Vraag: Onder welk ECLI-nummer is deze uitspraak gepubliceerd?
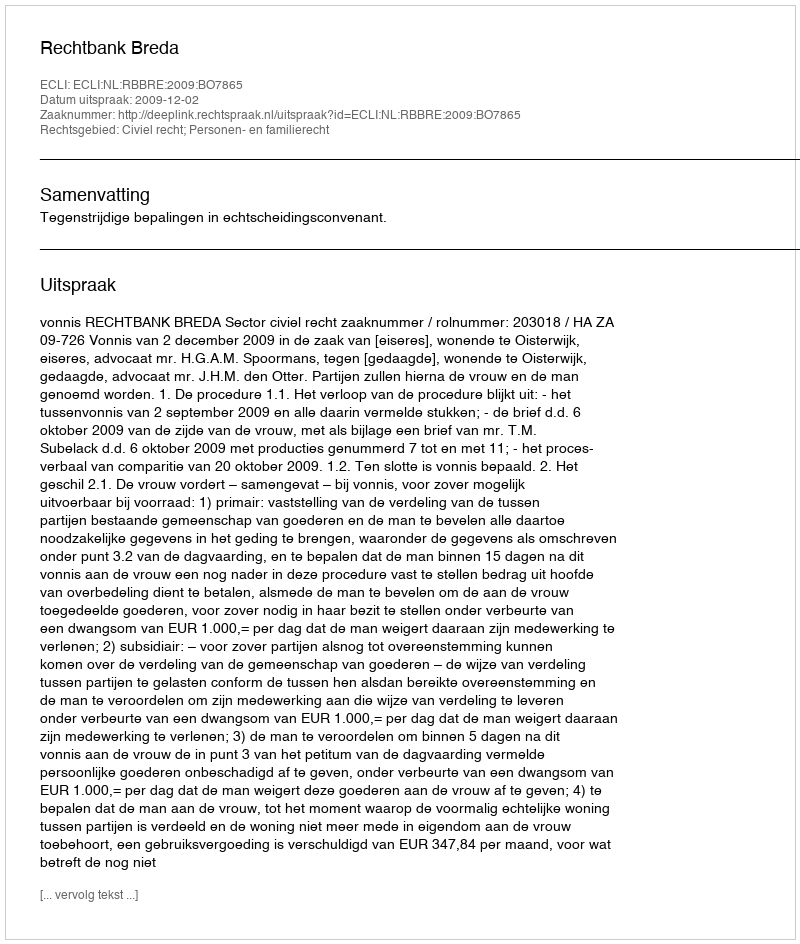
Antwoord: ECLI:NL:RBBRE:2009:BO7865